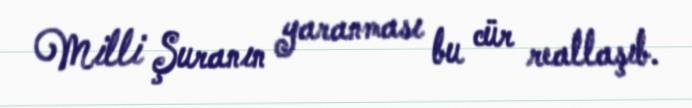
Milli Şuranın yaranması bu cür reallaşıb.